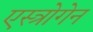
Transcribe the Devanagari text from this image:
एस्त्रोगेन